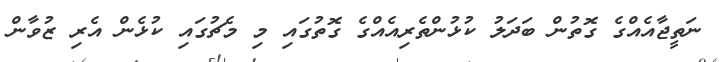
ނަތީޖާއެއްގެ ގޮތުން ބަދަލު ކުޅުންތެރިއެއްގެ ގޮތުގައި މި މެޗުގައި ކުޅެން އެރި ޒުވާން